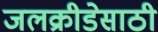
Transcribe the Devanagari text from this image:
जलक्रीडेसाठी